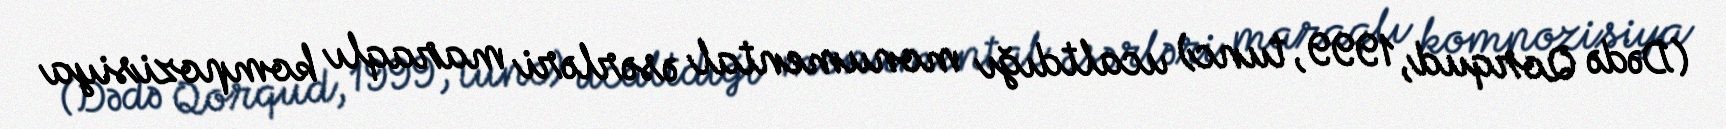
(Dədə Qorqud, 1999, tunc) ucaltdığı monumental əsərləri maraqlı kompozisiya